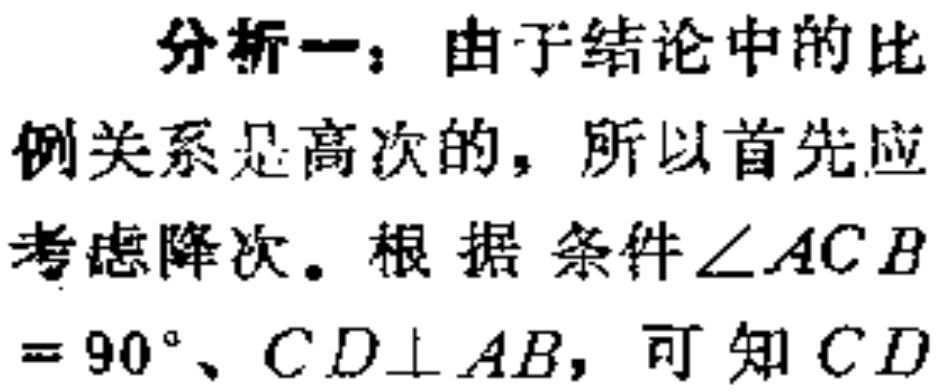
分析一：由于结论中的比例关系是高次的，所以首先应考虑降次。根据条件$\angle ACB = 90^{\circ}$、$CD\perp AB$，可知$CD$